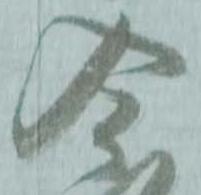
今